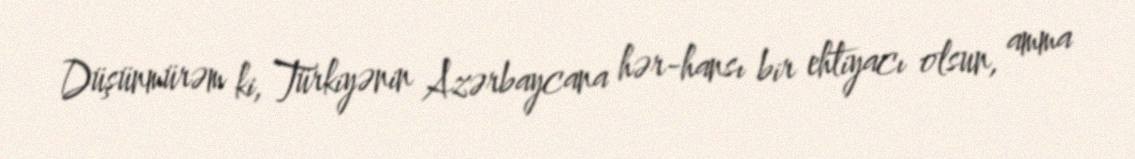
Düşünmürəm ki, Türkiyənin Azərbaycana hər-hansı bir ehtiyacı olsun, amma